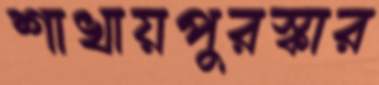
শাখায়পুরস্কার